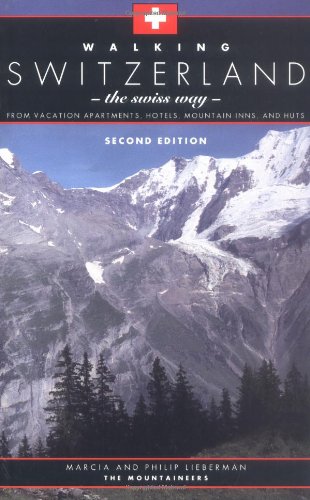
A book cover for Walking Switzerland: The Swiss Way; From Vacation Apartments, Hotels, Mountain Inns, and Huts; Marcia Lieberman; Travel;